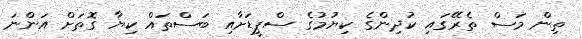
ތިން މަސް ތެރޭގައި ކުދިންގެ ކިޔުމުގެ ސްޕީޑަށާއި ބަސްތައް ކިޔާ ގޮތަށް އަންނަ